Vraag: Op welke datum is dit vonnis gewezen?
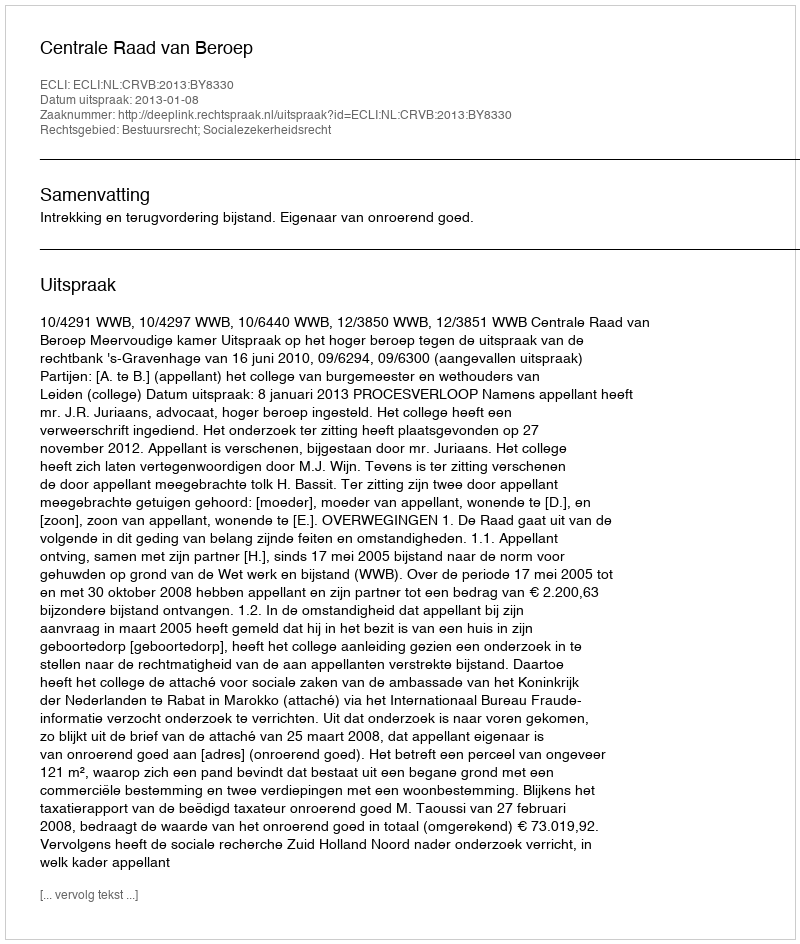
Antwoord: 2013-01-08